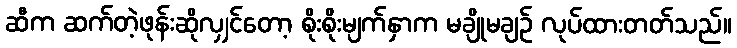
ဆီက ဆက်တဲ့ဖုန်းဆိုလျှင်တော့ စိုးစိုးမျက်နှာက မချိုမချဉ် လုပ်ထားတတ်သည်။